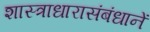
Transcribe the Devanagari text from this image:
शास्त्राधारासंबंधानें